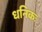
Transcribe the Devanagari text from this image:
धनिकः